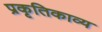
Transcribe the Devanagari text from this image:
प्रकृतिकाव्य